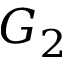
G _ { 2 }